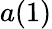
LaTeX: a(1)